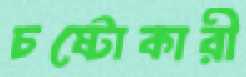
চষ্টোকারী